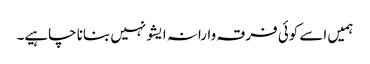
ہمیں اسے کوئی فرقہ وارانہ ایشو نہیں بنانا چاہیے۔